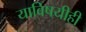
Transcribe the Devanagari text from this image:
याविषयीही